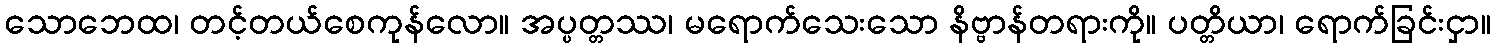
သောဘေထ၊ တင့်တယ်စေကုန်လော။ အပ္ပတ္တဿ၊ မရောက်သေးသော နိဗ္ဗာန်တရားကို။ ပတ္တိယာ၊ ရောက်ခြင်းငှာ။